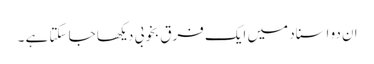
ان دو اسناد میں ایک فرق بخوبی دیکھا جا سکتا ہے ۔